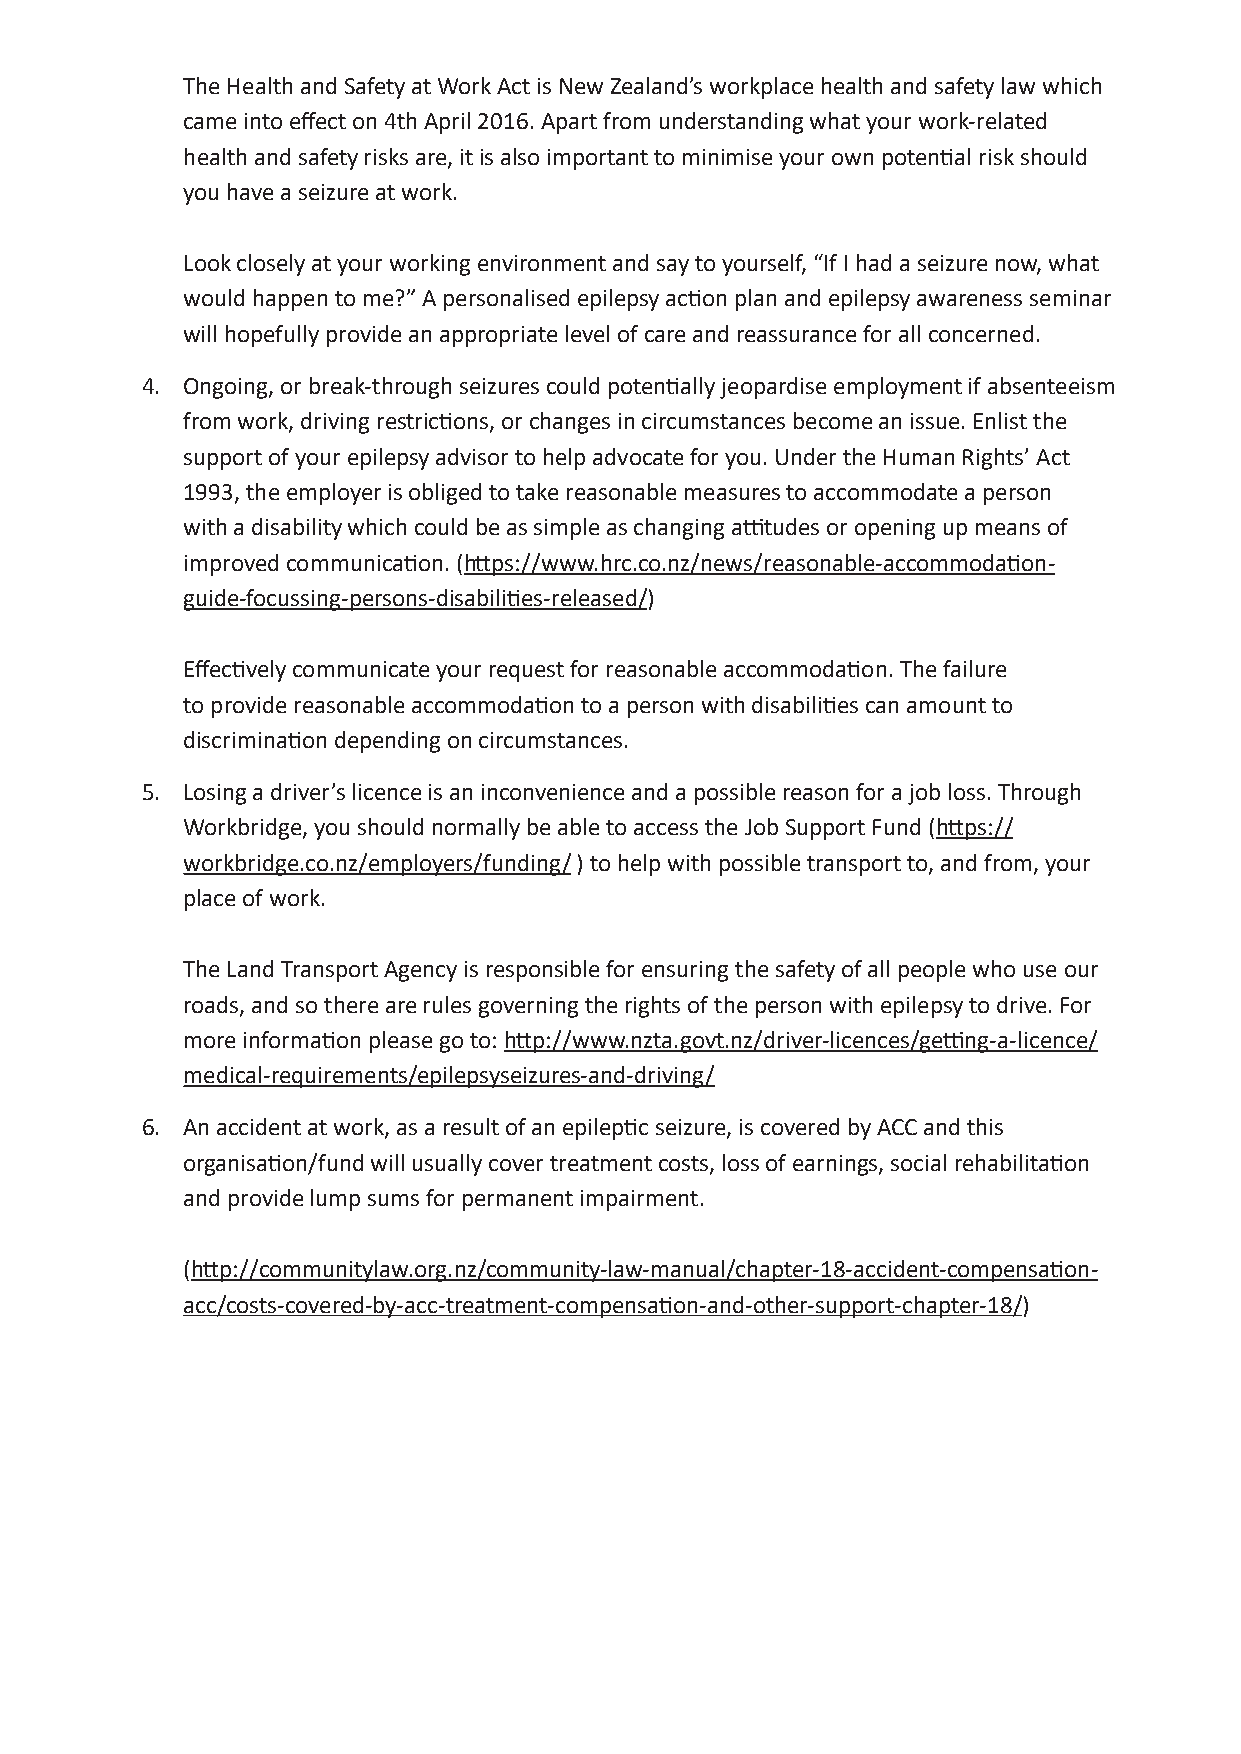
The Health and Safety at Work Act is New Zealand’s workplace health and safety law which
 came into effect on 4th April 2016. Apart from understanding what your work-related
 health and safety risks are, it is also important to minimise your own potential risk should
 you have a seizure at work.
 Look closely at your working environment and say to yourself, “If I had a seizure now, what
 would happen to me?” A personalised epilepsy action plan and epilepsy awareness seminar
 will hopefully provide an appropriate level of care and reassurance for all concerned.
 4. Ongoing, or break-through seizures could potentially jeopardise employment if absenteeism
 from work, driving restrictions, or changes in circumstances become an issue. Enlist the
 support of your epilepsy advisor to help advocate for you. Under the Human Rights’ Act
 1993, the employer is obliged to take reasonable measures to accommodate a person
 with a disability which could be as simple as changing attitudes or opening up means of
 improved communication. (https://www.hrc.co.nz/news/reasonable-accommodation-
 guide-focussing-persons-disabilities-released/)
 Effectively communicate your request for reasonable accommodation. The failure
 to provide reasonable accommodation to a person with disabilities can amount to
 discrimination depending on circumstances.
 5. Losing a driver’s licence is an inconvenience and a possible reason for a job loss. Through
 Workbridge, you should normally be able to access the Job Support Fund (https://
 workbridge.co.nz/employers/funding/ ) to help with possible transport to, and from, your
 place of work.
 The Land Transport Agency is responsible for ensuring the safety of all people who use our
 roads, and so there are rules governing the rights of the person with epilepsy to drive. For
 more information please go to: http://www.nzta.govt.nz/driver-licences/getting-a-licence/
 medical-requirements/epilepsyseizures-and-driving/
 6. An accident at work, as a result of an epileptic seizure, is covered by ACC and this
 organisation/fund will usually cover treatment costs, loss of earnings, social rehabilitation
 and provide lump sums for permanent impairment.
 (http://communitylaw.org.nz/community-law-manual/chapter-18-accident-compensation-
 acc/costs-covered-by-acc-treatment-compensation-and-other-support-chapter-18/)